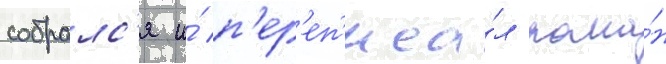
собралс'я и́ п'ер'еп'иса́л рома́н